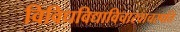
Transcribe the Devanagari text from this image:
विविधविद्याविचारवाचस्पति